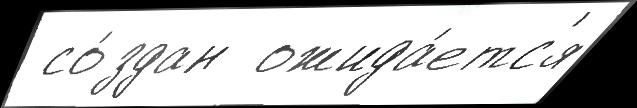
 со́здан  ожида́етс'я